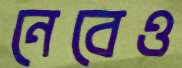
নেবেও